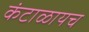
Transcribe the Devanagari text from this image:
कंटाळायच